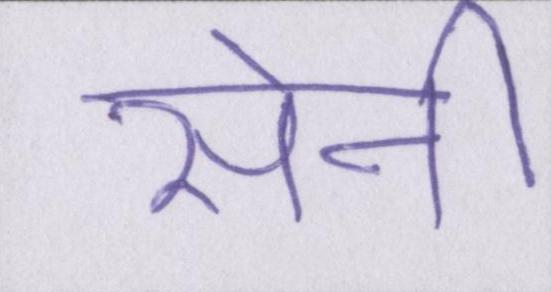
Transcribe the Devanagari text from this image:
सेनी